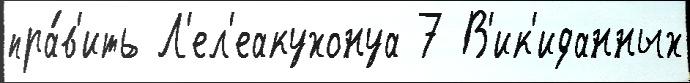
пра́в'ить Л'ел'еакухонуа 7 В'ик'иданных